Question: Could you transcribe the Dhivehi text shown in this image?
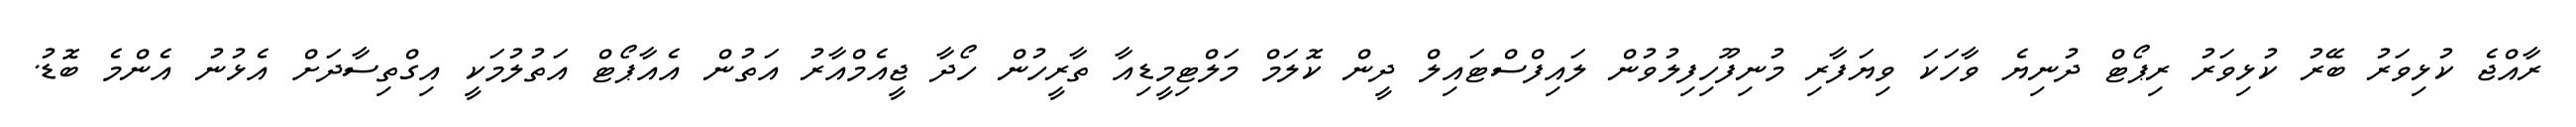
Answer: ރާއްޖެ ކުޅިވަރު ބޭރު ކުޅިވަރު ރިޕޯޓް ދުނިޔެ ވާހަކަ ވިޔަފާރި މުނިފޫހިފިލުވުން ލައިފްސްޓައިލް ދީން ކޮލަމް މަލްޓިމީޑިއާ ތާރީހުން ހޯދާ ޖީއެމްއާރު އަތުން އެއާޕޯޓް އަތުލުމަކީ އިގްތިސާދަށް އެޅުނު އެންމެ ބޮޑު.